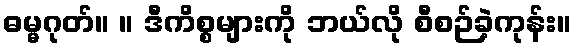
ဓမ္မဂုတ်။ ။ ဒီကိစ္စများကို ဘယ်လို စီစဉ်ခဲ့ကုန်း။